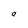
Character: a